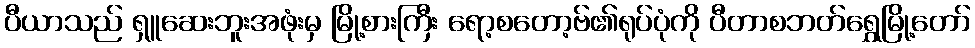
ပီယာသည် ရှူဆေးဘူးအဖုံးမှ မြို့စားကြီး ရော့စတော့ဗ်၏ရုပ်ပုံကို ပီတာစဘတ်ရွှေမြို့တော်